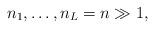
LaTeX: \begin{align*}n_1,\ldots, n_L=n\gg 1,\end{align*}